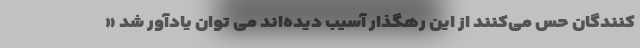
کنندگان حس می‌کنند از این رهگذار آسیب دیده‌اند می توان یادآور شد «